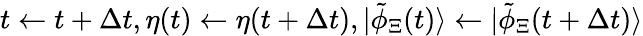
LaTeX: t\gets t+\Delta t,\eta(t)\gets\eta(t+\Delta t),|\tilde{\phi}_{\Xi}(t)\rangle\gets|\tilde{\phi}_{\Xi}(t+\Delta t)\rangle